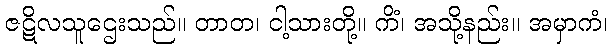
ဇဋိလသူဌေးသည်။ တာတ၊ ငါ့သားတို့။ ကိံ၊ အသို့နည်း။ အမှာကံ၊